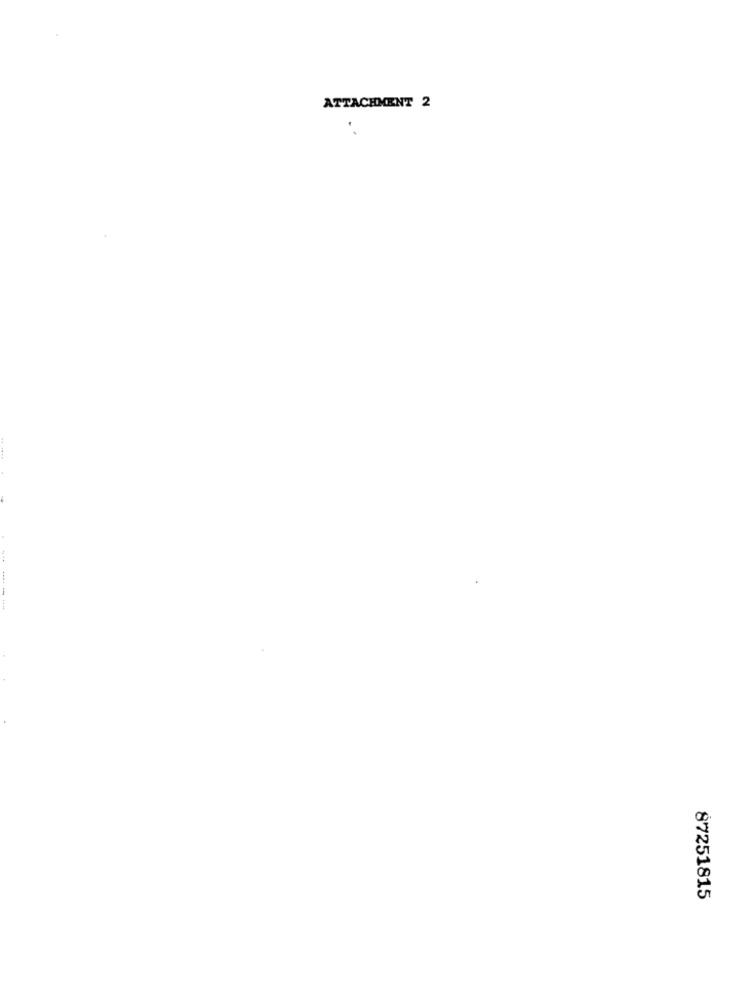
ATTACHMENT 2
----
87251815